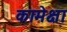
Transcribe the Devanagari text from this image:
कामेक्षा